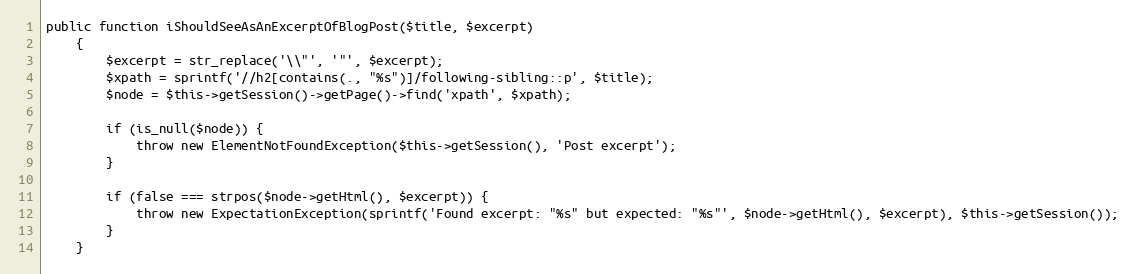
Language: PHP
public function iShouldSeeAsAnExcerptOfBlogPost($title, $excerpt)
    {
        $excerpt = str_replace('\\"', '"', $excerpt);
        $xpath = sprintf('//h2[contains(., "%s")]/following-sibling::p', $title);
        $node = $this->getSession()->getPage()->find('xpath', $xpath);

        if (is_null($node)) {
            throw new ElementNotFoundException($this->getSession(), 'Post excerpt');
        }

        if (false === strpos($node->getHtml(), $excerpt)) {
            throw new ExpectationException(sprintf('Found excerpt: "%s" but expected: "%s"', $node->getHtml(), $excerpt), $this->getSession());
        }
    }